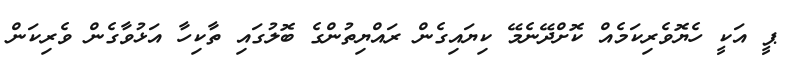
ޕީ އަކީ ހެޔޮވެރިކަމެއް ކޮށްދޭނެމޭ ކިޔައިގެން ރައްޔިތުންގެ ބޮލުގައި ތާކިހާ އަޅުވާގެން ވެރިކަން